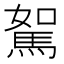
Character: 𩣉